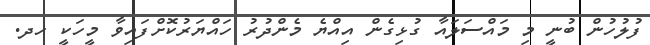
ފުލުހުން ބުނީ މި މައްސަލައާ ގުޅިގެން އިއްޔެ މެންދުރު ހައްޔަރުކޮށްފައިވާ މީހަކީ ހދ.